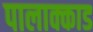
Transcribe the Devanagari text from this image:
पालाक्काड